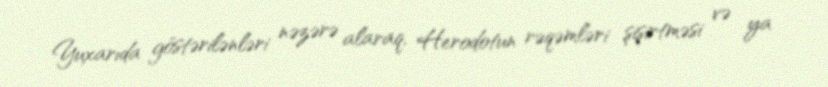
Yuxarıda göstərilənləri nəzərə alaraq, Herodotun rəqəmləri şişirtməsi və ya